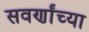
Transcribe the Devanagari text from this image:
सवर्णांच्या